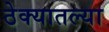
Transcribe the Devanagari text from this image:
ठेक्यातल्या